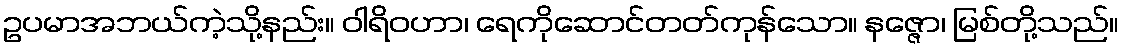
ဥပမာအဘယ်ကဲ့သို့နည်း။ ဝါရိဝဟာ၊ ရေကိုဆောင်တတ်ကုန်သော။ နဇ္ဇော၊ မြစ်တို့သည်။